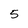
Character: 5